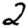
Digit: 2